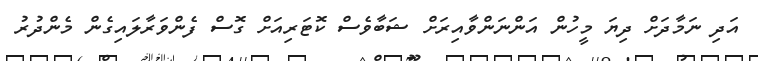
އަދި ނަމާދަަށް ދިޔަ މީހުން އަންނަންވާއިރަށް ޝަބާވެސް ކޮޓަރިއަށް ގޮސް ފެންވަރާލައިގެން މެންދުރު